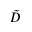
\Tilde { D }